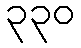
၃၃၀